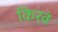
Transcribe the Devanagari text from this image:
किरवं